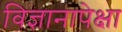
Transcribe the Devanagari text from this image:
विज्ञानापेक्षा